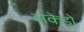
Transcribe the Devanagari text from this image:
सकेडो